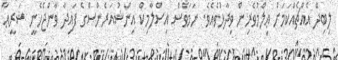
ލިބިދޭ އެއްޗެއްކަމަށް ޢިލްމުވެރިން ވިދާޅުވެއެވެ. ނަމަވެސް އިސްލާމިކް އިންޝުއަރެންސްގެ ފައިދާ ވާންޖެހެނީ ޝަރީޢާ